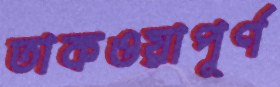
তাকওয়াপূর্ণ